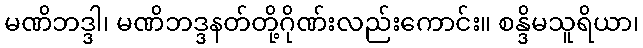
မဏိဘဒ္ဒါ၊ မဏိဘဒ္ဒနတ်တို့ဂိုဏ်းလည်းကောင်း။ စန္ဒိမသူရိယာ၊